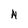
Character: N